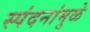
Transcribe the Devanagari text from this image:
स्पंदनांमुळे